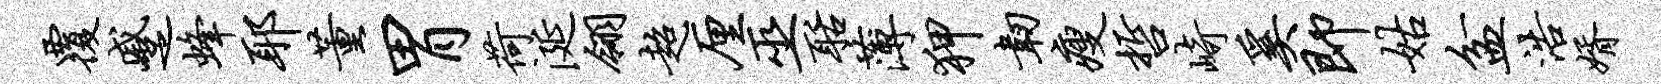
覆蹙蜂耶董胃荷涎翎超厘巫聒薄狎韧瘦哲崎奚即姑盆浩婿